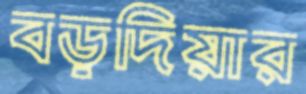
বড়দিয়ার